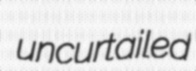
uncurtailed